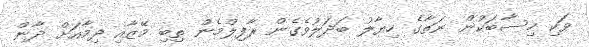
ވަކި ހިސާބަކުން ނަތާގެ ހިޔާލު ބަދަލުވެގެން ރާފިލްމެން ތިބި މޭޒާއި ދިމާއަށް ދާން